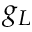
g _ { L }